Annual administration and progress report of the Indian Medical Department, Bombay
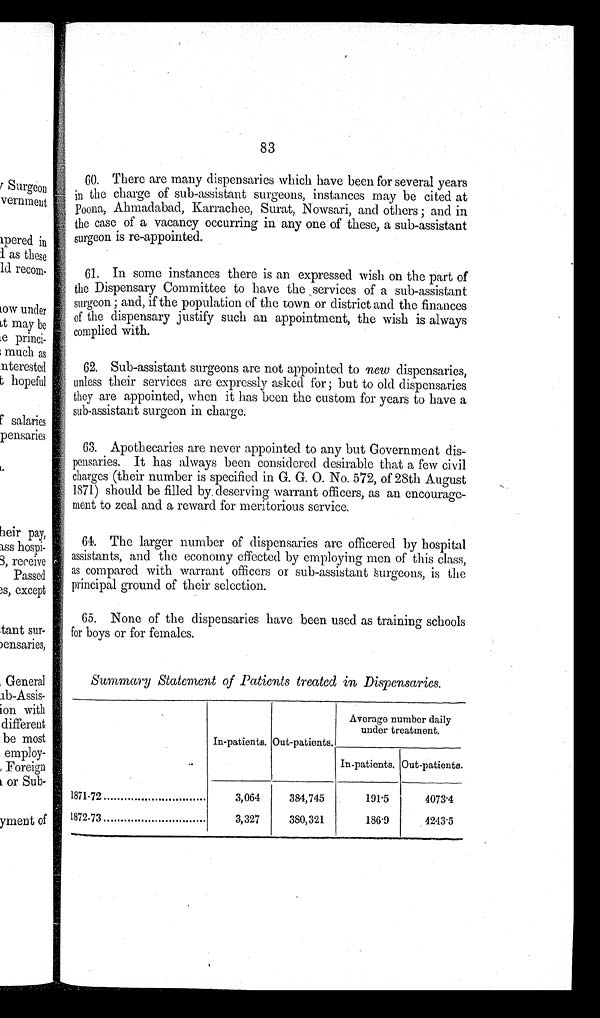
8 3
60. There are many dispensaries which have been for several years
in the charge of sub-assistant surgeons, instances may be cited at
Poona, Ahmadabad, Karrachee, Surat, Nowsari, and others; and in
the case of a vacancy occurring in any one of these, a sub-assistant
surgeon is re-appointed.
61. In some instances there is an expressed wish on the part of
the Dispensary Committee to have the services of a sub-assistant
surgeon; and, if the population of the town or district and the finances
of the dispensary justify such an appointment, the wish is always
complied with.
62. Sub-assistant surgeons are not appointed to new dispensaries,
unless their services are expressly asked for; but to old dispensaries
they are appointed, when it has been the custom for years to have a
sub-assistant surgeon in charge.
63. Apothecaries are never appointed to any but Government dis
-
pensaries. It has always been considered desirable that a few civil
charges (their number is specified in G. G. 0. No. 572, of 28th August
1871) should be filled by deserving warrant officers, as an encourage
-
ment to zeal and a reward for meritorious service.
64. The larger number of dispensaries are officered by hospital
assistants, and the economy effected by employing men of this class,
as compared with warrant officers or sub-assistant surgeons, is the
principal ground of their selection.
65. None of the dispensaries have been used as training schools
for boys or for females.
Summary Statement of Patients treated in Dispensaries.
In-patients. Out-patients.
Average number daily
under treatment.
In-patients. Out-patients.
1871-72 . . .
3,064
384,745
191.5
4073.4
1872-73 . . .
3,327
380,321
186.9
4243.5